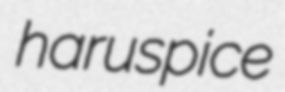
haruspice